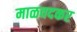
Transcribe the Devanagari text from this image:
माळवदकर